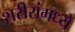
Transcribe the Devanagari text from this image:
शरीरांमध्ये